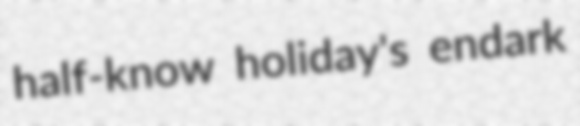
half-know holiday's endark